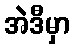
အဲဒီမှာ